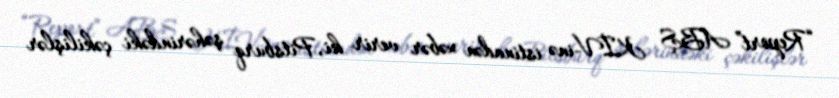
“Report” ABŞ KİV-inə istinadən xəbər verir ki, Pitsburq şəhərindəki çəkilişlər